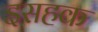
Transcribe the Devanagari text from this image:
इसहक